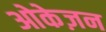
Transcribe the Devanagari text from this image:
ओकेज़न